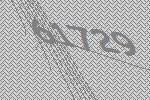
61729